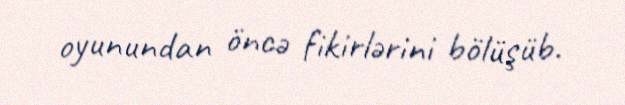
oyunundan öncə fikirlərini bölüşüb.